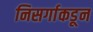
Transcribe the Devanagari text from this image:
निसर्गाकडून